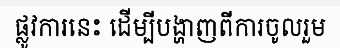
ផ្លូវការនេះ ដើម្បីបង្ហាញពីការចូលរួម